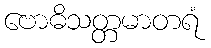
ဗောဓိသတ္တမာတရံ